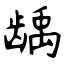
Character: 龋